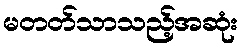
မတတ်သာသည့်အဆုံး